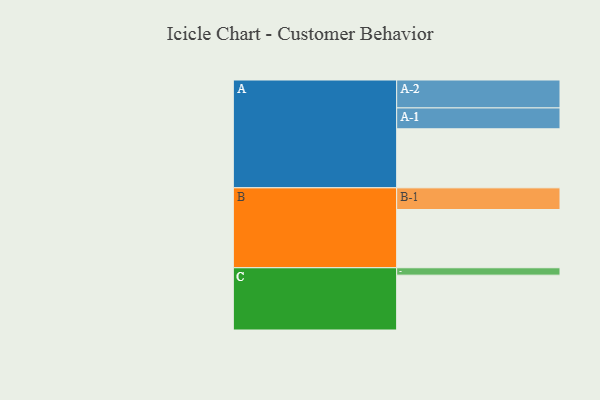
{"axis": {"x": "Segment", "y": "Value"}, "legend": ["", "A", "B", "C"], "data": [{"x": "A", "y": 518, "type": ""}, {"x": "B", "y": 511, "type": ""}, {"x": "C", "y": 481, "type": ""}, {"x": "A-1", "y": 183, "type": "A"}, {"x": "A-2", "y": 245, "type": "A"}, {"x": "B-1", "y": 190, "type": "B"}, {"x": "C-1", "y": 65, "type": "C"}]}